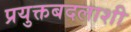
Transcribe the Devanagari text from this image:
प्रयुक्तबदलाशी